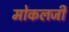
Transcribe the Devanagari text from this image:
मोकलजी